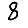
Digit: 8